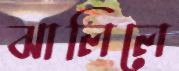
ঝালিলে